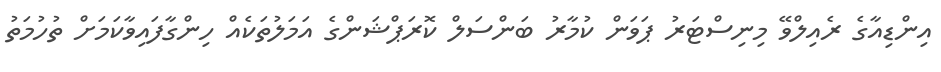
އިންޑިއާގެ ރެއިލްވޭ މިނިސްޓަރު ޕަވަން ކުމާރު ބަންސަލް ކޮރަޕްޝަންގެ އަމަލުތަކެއް ހިންގާފައިވާކަމަށް ތުހުމަތު